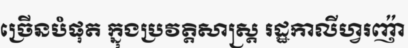
ច្រើនបំផុត ក្នុងប្រវត្តិសាស្ត្រ រដ្ឋកាលីហ្វរញ៉ា